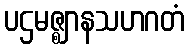
ပဌမဇ္ဈာနသဟဂတံ